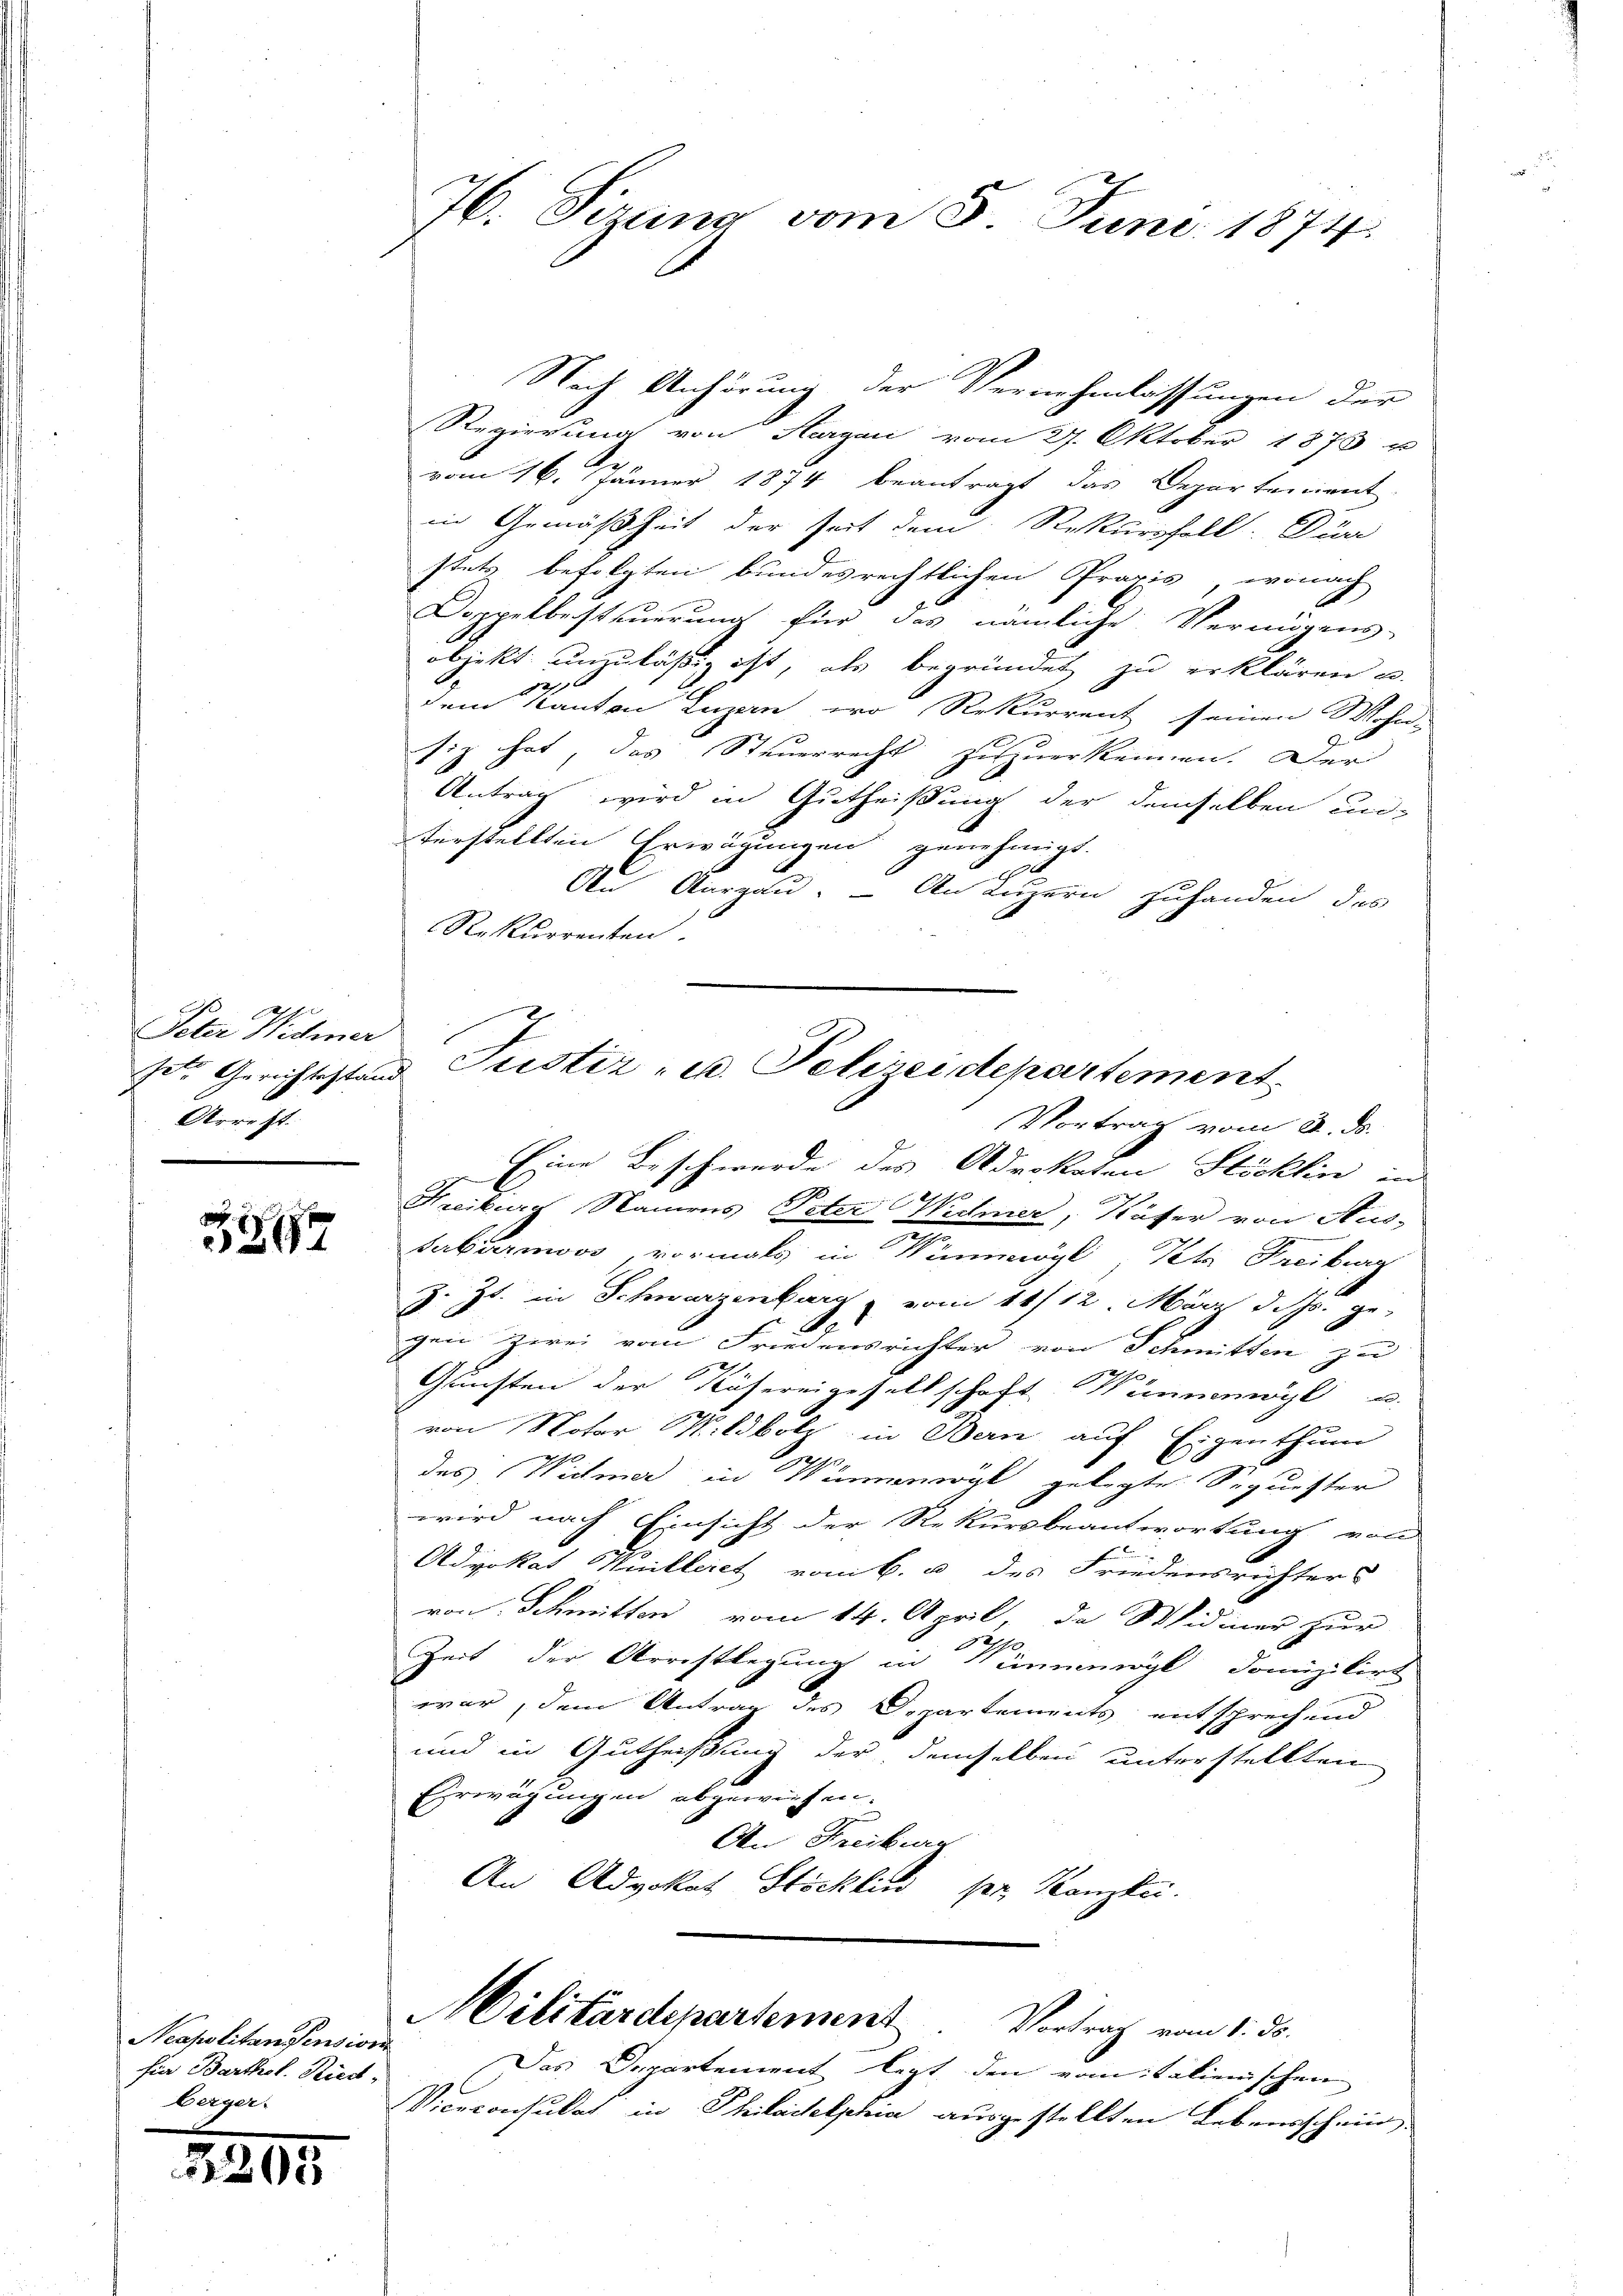
Peter Wehner
Arrest.

329

Neapolitansension
sia Barthol. Riedt-
Berger.

5

76. Sizung vom 5. Juni 1874.

Nach Anhörung der Vernehmlassungen der
Regierung von Aargau vom 27. Oktober 1873 u
.
vom 16. Jänner 1874 beantragt das Departerient
in Gemäßheit der Zeit dem Rekursfall. Dür
stets befolgten bundesrechtlichen Praxis, wonach
Doppelbesteuerung für das nämliche Vermögens-
objekt unzulässig ist, als begründet zu erklären u.
2
dem Kanton Luzern, wo Rekurrent seinen Wohn-
siz hat, das Steuerrecht zuzuerkennen. Der
Antrag wird in Gutheißung der demselben un-
terstellten Erwägungen genehmigt.
6
An Aargau. — An Luzern zuhanden des
Rekurrenten.
Vortrag vom 28. ds.
Eine Beschwerde des Advokaten Stöcklin in
2
Kreiburg Namens Veter Widmer, Käser von Aus-
Febermoos, vormals in unmögl Pete Freiburg
z. Zt. in Schwarzenbarg vom 11/12. März d. Js. gegen Zwei vom Friedensrichter von Schmitten zu
Gunsten der Nähereigesellschaft Winnenwyl u.
von Notar Wildbolz in Bern auf Eigenthum
des Widmer in Wünnengk gelegte Sequester
wird nach Einsicht der Rekursbeantwortung von
Advokat Huilleret vom 6. u. des Friedensrichter
von Schmitten vom 14. April, da Widmer zur
Zeit der Arrestlegung in Krummögl domizilirt
war, dem Antrag des Departements entsprechend
und in Gutheißung der demselben unterstellten
Erwägung in abgewiesen.
An Freiburg
An Advokat Stöcklin pr. Kanzlei.
Militärdepartement Vortrag vom 1. ds.
Das Departement legt den vom talienischen
Viceconsulat in Philadelphia ausgestellten Lebensschein,

sete Gerichtsstand Pustiz - u. Polizeidepartement